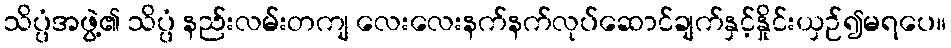
သိပ္ပံအဖွဲ့၏ သိပ္ပံ နည်းလမ်းတကျ လေးလေးနက်နက်လုပ်ဆောင်ချက်နှင့်နှိုင်းယှဉ်၍မရပေ။